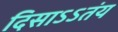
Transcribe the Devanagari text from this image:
दिसाऽऽतंय